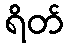
ရိတ်